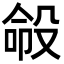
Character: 𪵍